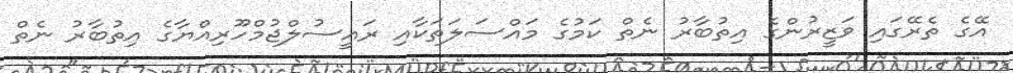
އޭގެ ތެރޭގައި ވަޒީރުންގެ އިތުބާރު ނެތް ކަމުގެ މައްސަލަތަކާއި ރައީސުލްޖުމްހޫރިއްޔާގެ އިތުބާރު ނެތް